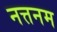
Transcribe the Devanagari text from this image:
नत्तनम